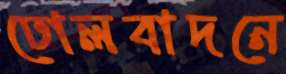
ঢোলবাদনে